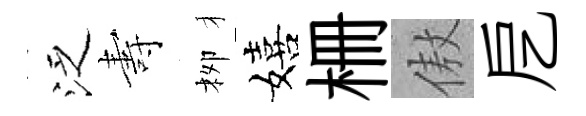
泛夀栁嬉栅傲戹